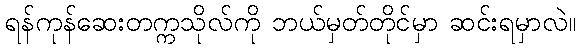
ရန်ကုန်ဆေးတက္ကသိုလ်ကို ဘယ်မှတ်တိုင်မှာ ဆင်းရမှာလဲ။